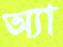
অ্যা